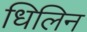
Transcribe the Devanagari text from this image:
धिलिन